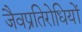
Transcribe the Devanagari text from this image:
जैवप्रतिरोधियों